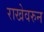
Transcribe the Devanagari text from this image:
राखेवरुन